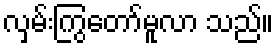
လှမ်းကြွတော်မူလာ သည်။